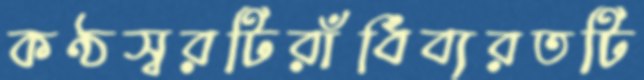
কণ্ঠস্বরটিরাঁধিব্যরতটি